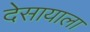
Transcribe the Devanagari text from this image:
देसायाला